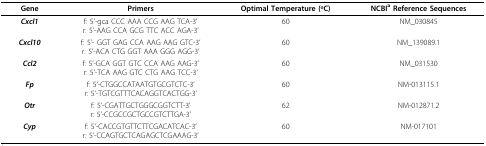
| Gene | Primers | Optimal Temperature (oC) | NCBIa Reference Sequences |
 | --- | --- | --- | --- |
 | Cxcl1 | f: 5’-gca CCC AAA CCG AAG TCA-3’r: 5’-AAG CCA GCG TTC ACC AGA-3’ | 60 | NM_030845 |
 | Cxcl10 | f: 5’- GGT GAG CCA AAG AAG GTC-3’r: 5’-ACA CTG GGT AAA GGG AGG-3’ | 60 | NM_139089.1 |
 | Ccl2 | f: 5’-GCA GGT GTC CCA AAG AAG-3’r: 5’-TCA AAG GTC CTG AAG TCC-3’ | 60 | NM_031530 |
 | Fp | f: 5’-CTGGCCATAATGTGCGTCTC-3’r: 5’-TGTCGTTTCACAGGTCACTGG-3’ | 60 | NM-013115.1 |
 | Otr | f: 5’-CGATTGCTGGGCGGTCTT-3’r: 5’-CCGCCGCTGCCGTCTTGA-3’ | 62 | NM-012871.2 |
 | Cyp | f: 5’-CACCGTGTTCTTCGACATCAC-3’r: 5’-CCAGTGCTCAGAGCTCGAAAG-3’ | 60 | NM-017101 |